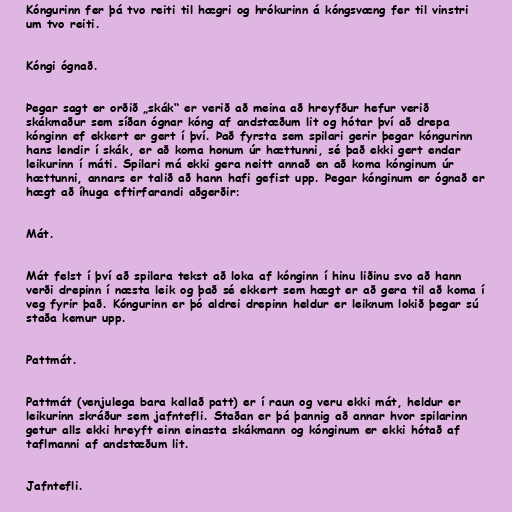
Kóngurinn fer þá tvo reiti til hægri og hrókurinn á kóngsvæng fer til vinstri
um tvo reiti.

Kóngi ógnað.

Þegar sagt er orðið „skák“ er verið að meina að hreyfður hefur verið
skákmaður sem síðan ógnar kóng af andstæðum lit og hótar því að drepa
kónginn ef ekkert er gert í því. Það fyrsta sem spilari gerir þegar kóngurinn
hans lendir í skák, er að koma honum úr hættunni, sé það ekki gert endar
leikurinn í máti. Spilari má ekki gera neitt annað en að koma kónginum úr
hættunni, annars er talið að hann hafi gefist upp. Þegar kónginum er ógnað er
hægt að íhuga eftirfarandi aðgerðir:

Mát.

Mát felst í því að spilara tekst að loka af kónginn í hinu liðinu svo að hann
verði drepinn í næsta leik og það sé ekkert sem hægt er að gera til að koma í
veg fyrir það. Kóngurinn er þó aldrei drepinn heldur er leiknum lokið þegar sú
staða kemur upp.

Pattmát.

Pattmát (venjulega bara kallað patt) er í raun og veru ekki mát, heldur er
leikurinn skráður sem jafntefli. Staðan er þá þannig að annar hvor spilarinn
getur alls ekki hreyft einn einasta skákmann og kónginum er ekki hótað af
taflmanni af andstæðum lit.

Jafntefli.